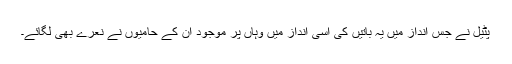
پٹیل نے جس انداز میں یہ باتیں کی اسی انداز میں وہاں پر موجود ان کے حامیوں نے نعرے بھی لگائے۔